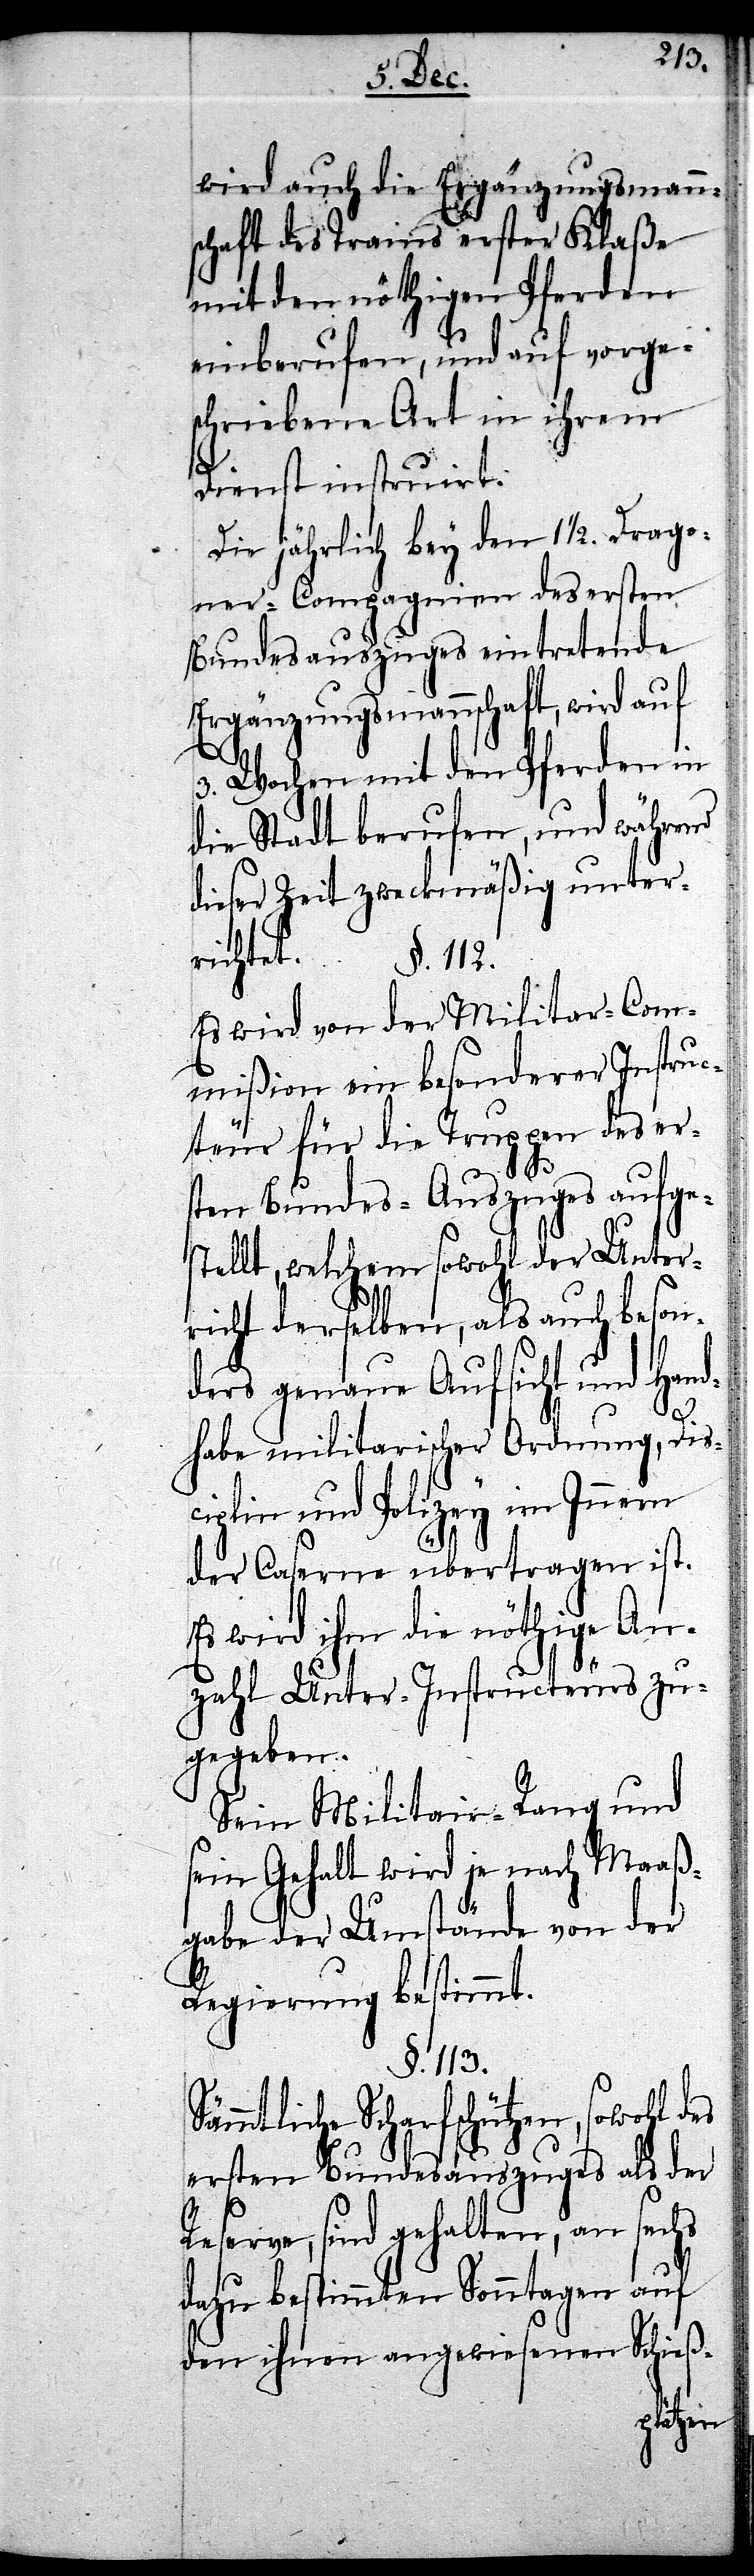
S¬
wird auch die Ergänzungsmann¬
schaft des Trains erster Klaße
mit den nöthigen Pferden
einberufen, und auf vorges¬
chriebene Art in ihrem
Dienst instruirt.
Die jährlich bey den 1 1/2. Drago¬
ner-Compagnien des ersten
Bundesauszuges eintretende
Ergänzungsmannschaft, wird auf
3. Wochen mit den Pferden in
die Stadt berufen, und während
dieser Zeit zweckmäßig unter¬
richtet.
Es wird von der Militar-Com¬
mißion ein besonderer Instruc¬
teur für die Truppen des er¬
sten Bundes-Auszuges aufges¬
tellt, welchem sowohl der Unter¬
richt derselben, als auch beson¬
ders genaue Aufsicht und Hand¬
habe militarischer Ordnung, Dis¬
ciplin und Polizey im Innern
der Caserne übertragen ist.
Es wird ihm die nöthige An¬
zahl Unter-Instructeurs zu¬
gegeben.
Sein Militair-Rang und
sein Gehalt wird je nach Maaß¬
gabe der Umstände von der
Regierung bestimmt.
§. 113.
ämmtliche Scharfschützen, sowohl
ersten Bundesauszuges als der
Reserve, sind gehalten, an sechs
dazu bestimmten Sonntagen auf
den ihnen angewiesenen Schieß-